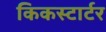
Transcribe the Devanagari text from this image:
किकस्टार्टर